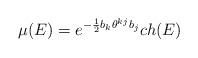
LaTeX: \begin{align*}\mu (E) = e^{-\frac{1}{2} b_{k} \theta^{kj} b_{j}} ch(E)\end{align*}